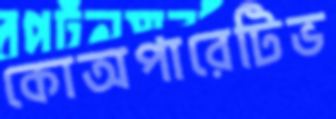
কোঅপারেটিভ